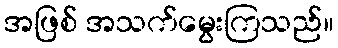
အဖြစ် အသက်မွေးကြသည်။